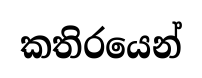
කතිරයෙන්